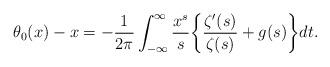
LaTeX: \begin{align*} \theta_0(x) - x = - \frac{1}{2\pi} \int_{-\infty}^{\infty} \frac{x^{s}}{s} \bigg\{ \frac{\zeta'(s)}{\zeta(s)} + g(s) \bigg\} dt.\end{align*}